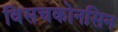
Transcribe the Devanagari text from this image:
विसचकोनसिन